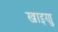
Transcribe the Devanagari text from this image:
खाइणु